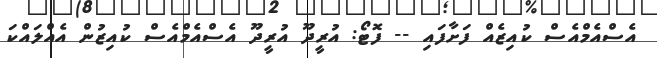
އެސްއެމްއެސް ކުއިޒެއް ފަށާފައި -- ފޮޓޯ: އުރީދޫ އުރީދޫ އެސްއެމްއެސް ކުއިޒުން އެއްލައްކަ